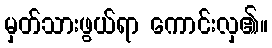
မှတ်သားဖွယ်ရာ ကောင်းလှ၏။